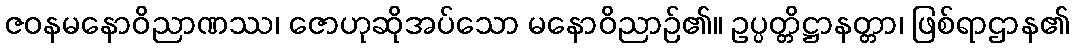
ဇဝနမနောဝိညာဏဿ၊ ဇောဟုဆိုအပ်သော မနောဝိညာဉ်၏။ ဥပ္ပတ္တိဋ္ဌာနတ္တာ၊ ဖြစ်ရာဌာန၏